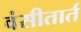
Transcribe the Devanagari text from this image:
वंसीतार्त